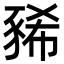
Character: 豨